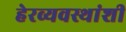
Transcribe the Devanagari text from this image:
हेरव्यवस्थांशी